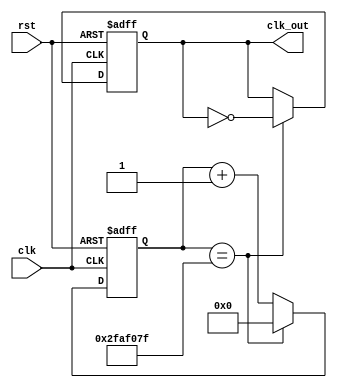
`timescale 1ns / 1ps
//////////////////////////////////////////////////////////////////////////////////
// Company: 
// Engineer: 
// 
// Design Name: 
// Module Name: CD
// Project Name: 
// Target Devices: 
// Tool Versions: 
// Description: 
// 
// Dependencies: 
// 
// Revision:
// Revision 0.01 - File Created
// Additional Comments:
// 
//////////////////////////////////////////////////////////////////////////////////


module CD#(parameter n = 50000000)
(input clk, rst, output reg clk_out);
reg [31:0] count;
// Big enough to hold the maximum possible value
// Increment count
always @ (posedge clk, posedge rst) begin
if (rst == 1'b1) // Asynchronous Reset
count <= 32'b0;
else if (count == n-1)
count <= 32'b0;
else
count <= count + 1;
end
// Handle the output clock
always @ (posedge clk, posedge rst) begin
if (rst) // Asynchronous Reset
clk_out <= 0;
else if (count == n-1)
clk_out <= ~ clk_out;
end
endmodule